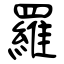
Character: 羅